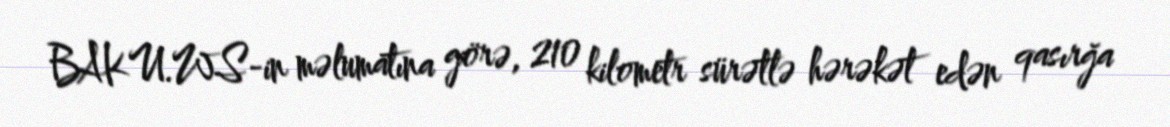
BAKU.WS-in məlumatına görə, 210 kilometr sürətlə hərəkət edən qasırğa